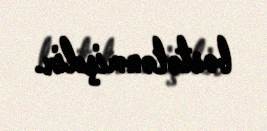
bəstələnmişdir.